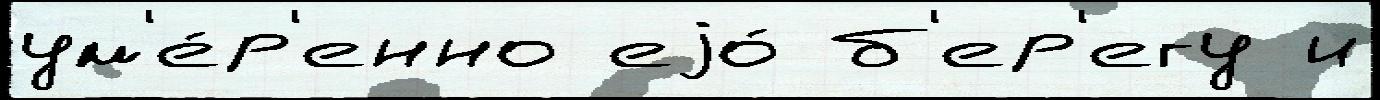
ум'е́р'енно еjо́ б'ер'егу и